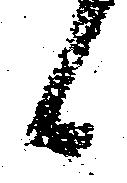
候